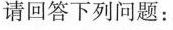
请回答下列问题：